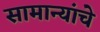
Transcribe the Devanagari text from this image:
सामान्यांचे